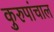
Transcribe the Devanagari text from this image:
कुरुपांचाल